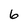
Character: 6